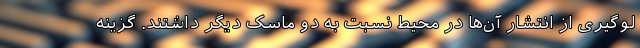
لوگیری از انتشار آن‌ها در محیط نسبت به دو ماسک دیگر داشتند. گزینه